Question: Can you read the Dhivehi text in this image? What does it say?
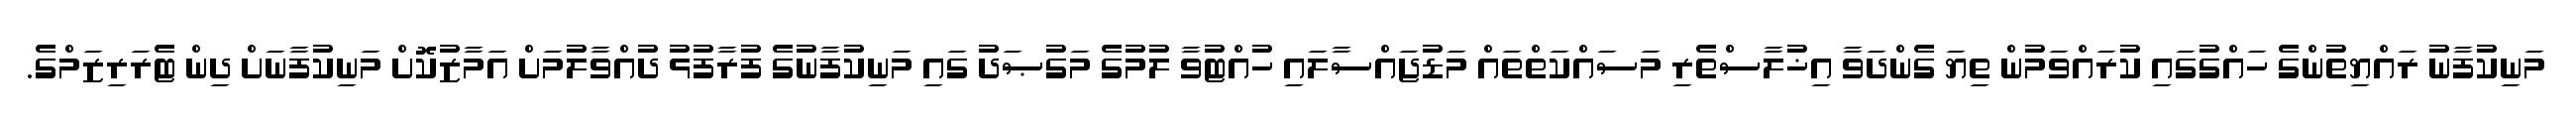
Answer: މަނިކުފާނު ރައްޔިތުންގެ ހައްގުގައި ކުރައްވަމުން ތިޔަ ގެންދަވާ އިޚުލާސްތެރި މަސައްކަތްތައް މަޑުޖައްސާލައި ހުއްޓުވާ ލުމުގެ މަގުޞަދު ގައި މަނިކުފާނުގެ ފުރާފުޅު ދުއްވާލުމަށް އަމާޒުކޮށް މަނިކުފާނަށް ދިން ޓެރަރިޒަމްގެ.